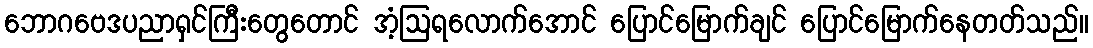
ဘောဂဗေဒပညာရှင်ကြီးတွေတောင် အံ့ဩရလောက်အောင် ပြောင်မြောက်ချင် ပြောင်မြောက်နေတတ်သည်။